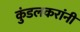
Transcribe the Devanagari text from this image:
कुंडलकरांनी